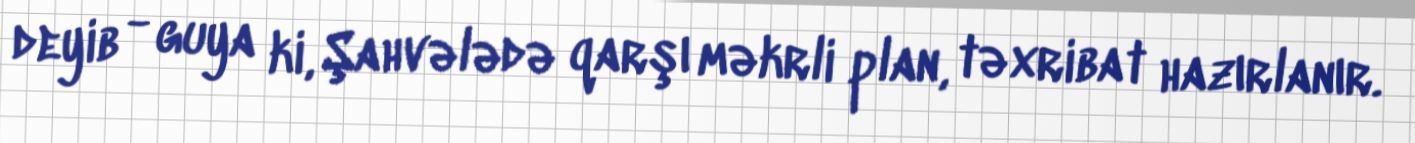
deyib - guya ki, Şahvələdə qarşı məkrli plan, təxribat hazırlanır.